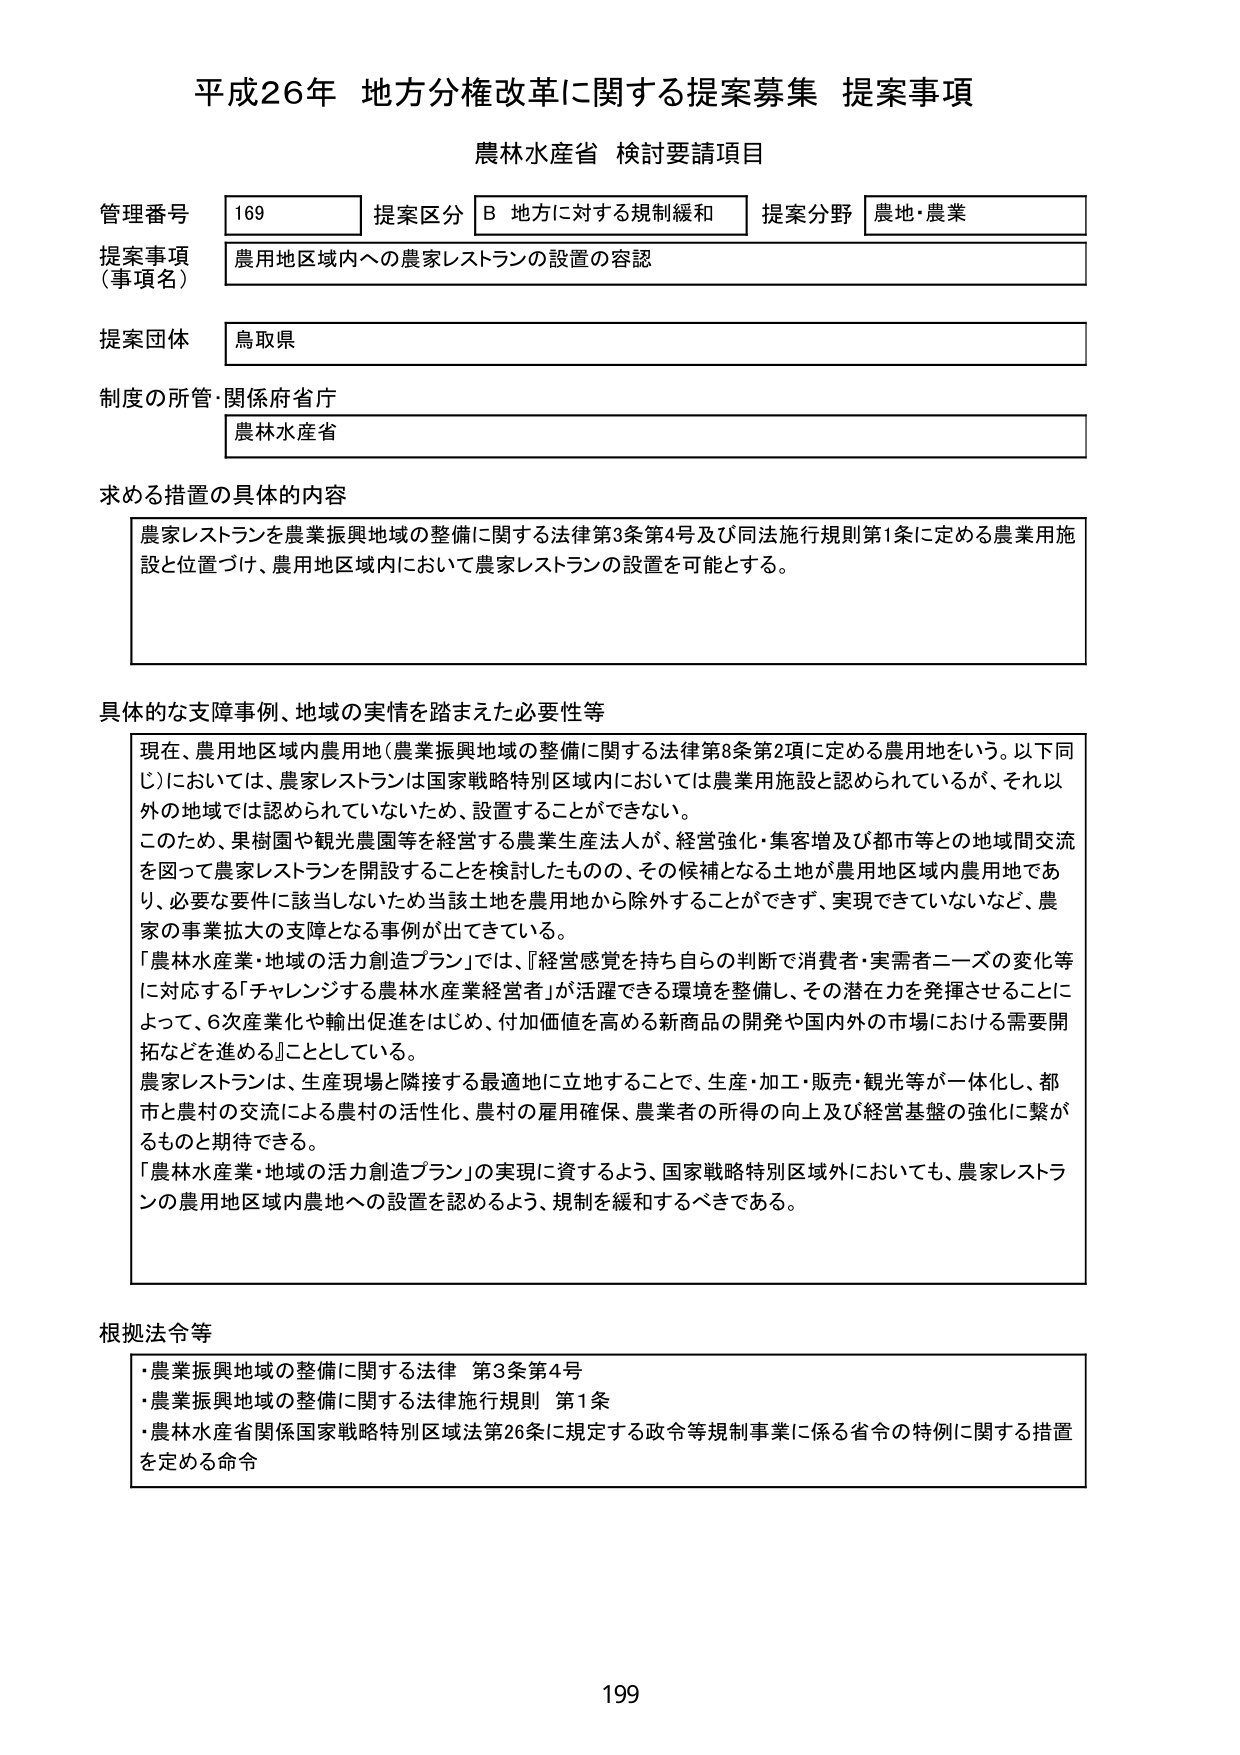
平成26年 地方分権改革に関する提案募集 提案事項
農林水産省 検討要請項目

管理番号 169 提案区分 B 地方に対する規制緩和 提案分野 農地・農業
提案事項（事項名） 農用地区域内への農家レストランの設置の容認
提案団体 鳥取県
制度の所管・関係府省庁 農林水産省

求める措置の具体的内容
農家レストランを農業振興地域の整備に関する法律第3条第4号及び同法施行規則第1条に定める農業用施設と位置づけ、農用地区域内において農家レストランの設置を可能とする。

具体的な支障事例、地域の実情を踏まえた必要性等
現在、農用地区域内農用地（農業振興地域の整備に関する法律第8条第2項に定める農用地をいう。以下同じ）においては、農家レストランは国家戦略特別区域内においては農業用施設と認められているが、それ以外の地域では認められていないため、設置することができない。
このため、果樹園や観光農園等を経営する農業生産法人が、経営強化・集客増及び都市等との地域間交流を図って農家レストランを開設することを検討したもの、その候補となる土地が農用地区域内農用地であり、必要な要件に該当しないため当該土地を農用地から除外することができず、実現できていないなど、農家の事業拡大の支障となる事例が出てきている。
「農林水産業・地域の活力創造プラン」では、「経営感覚を持ち自らの判断で消費者・実需者ニーズの変化等に対応する「チャレンジする農林水産業経営者」が活躍できる環境を整備し、その潜在力を発揮させることによって、6次産業化や輸出促進をはじめ、付加価値を高める新商品の開発や国内外の市場における需要開拓などを進める」としている。
農家レストランは、生産現場と隣接する最適地に立地することで、生産・加工・販売・観光等が一体化し、都市と農村の交流による農村の活性化、農村の雇用確保、農業者の所得の向上及び経営基盤の強化に繋がるものと期待できる。
「農林水産業・地域の活力創造プラン」の実現に資するよう、国家戦略特別区域外においても、農家レストランの農用地区域内農地への設置を認めるよう、規制を緩和するべきである。

根拠法令等
・農業振興地域の整備に関する法律 第3条第4号
・農業振興地域の整備に関する法律施行規則 第1条
・農林水産省関係国家戦略特別区域法第26条に規定する政令等規制事業に係る省令の特例に関する措置を定める命令

199